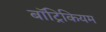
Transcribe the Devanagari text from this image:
बॉट्रिकियम